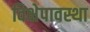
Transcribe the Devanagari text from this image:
विक्षेपावस्था